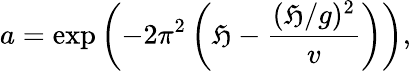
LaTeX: a=\exp\left(-2\pi^{2}\left(\mathfrak{H}-\frac{{(\mathfrak{H}/g)^{2}}}{{v}}\right)\right),